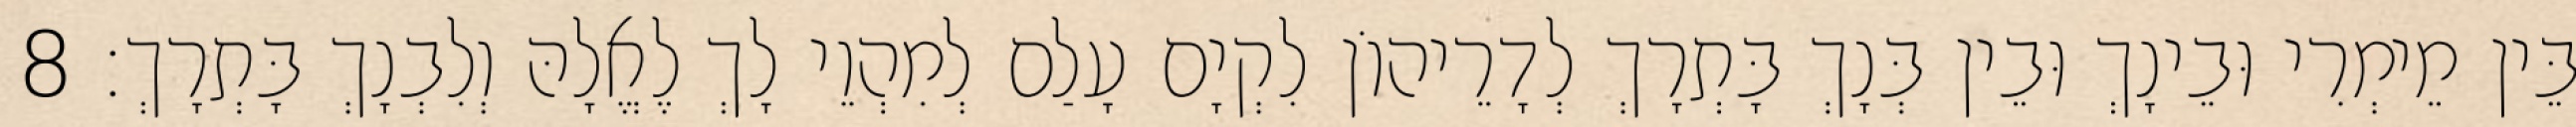
בֵּין מֵימְרִי וּבֵינָךְ וּבֵין בְּנָךְ בָּתְרָךְ לְדָרֵיהוֹן לִקְיָם עָלַם לְמִהְוֵי לָךְ לֶאֱלָהּ וְלִבְנָךְ בָּתְרָךְ׃ 8